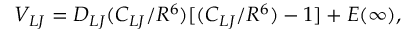
V _ { L J } = D _ { L J } ( C _ { L J } / R ^ { 6 } ) [ ( C _ { L J } / R ^ { 6 } ) - 1 ] + E ( \infty ) ,